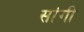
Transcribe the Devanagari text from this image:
सांगी